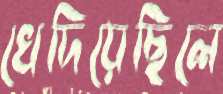
খেদিয়েছিলে